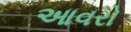
આવરો